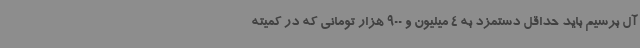
آل برسیم باید حداقل دستمزد به 4 میلیون و 900 هزار تومانی که در کمیته